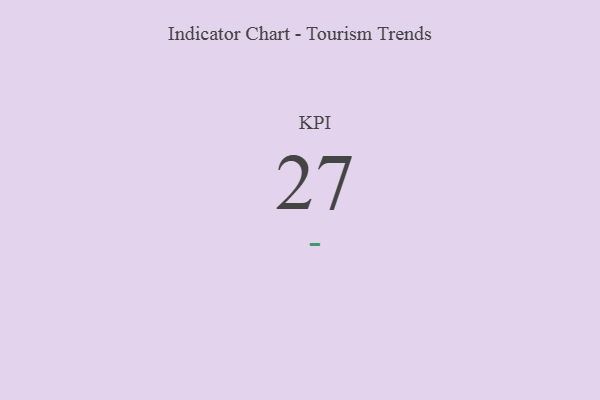
{"axis": {"x": "KPI", "y": "Value"}, "legend": [""], "data": [{"x": "KPI", "y": 27, "type": ""}]}